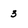
Character: 3